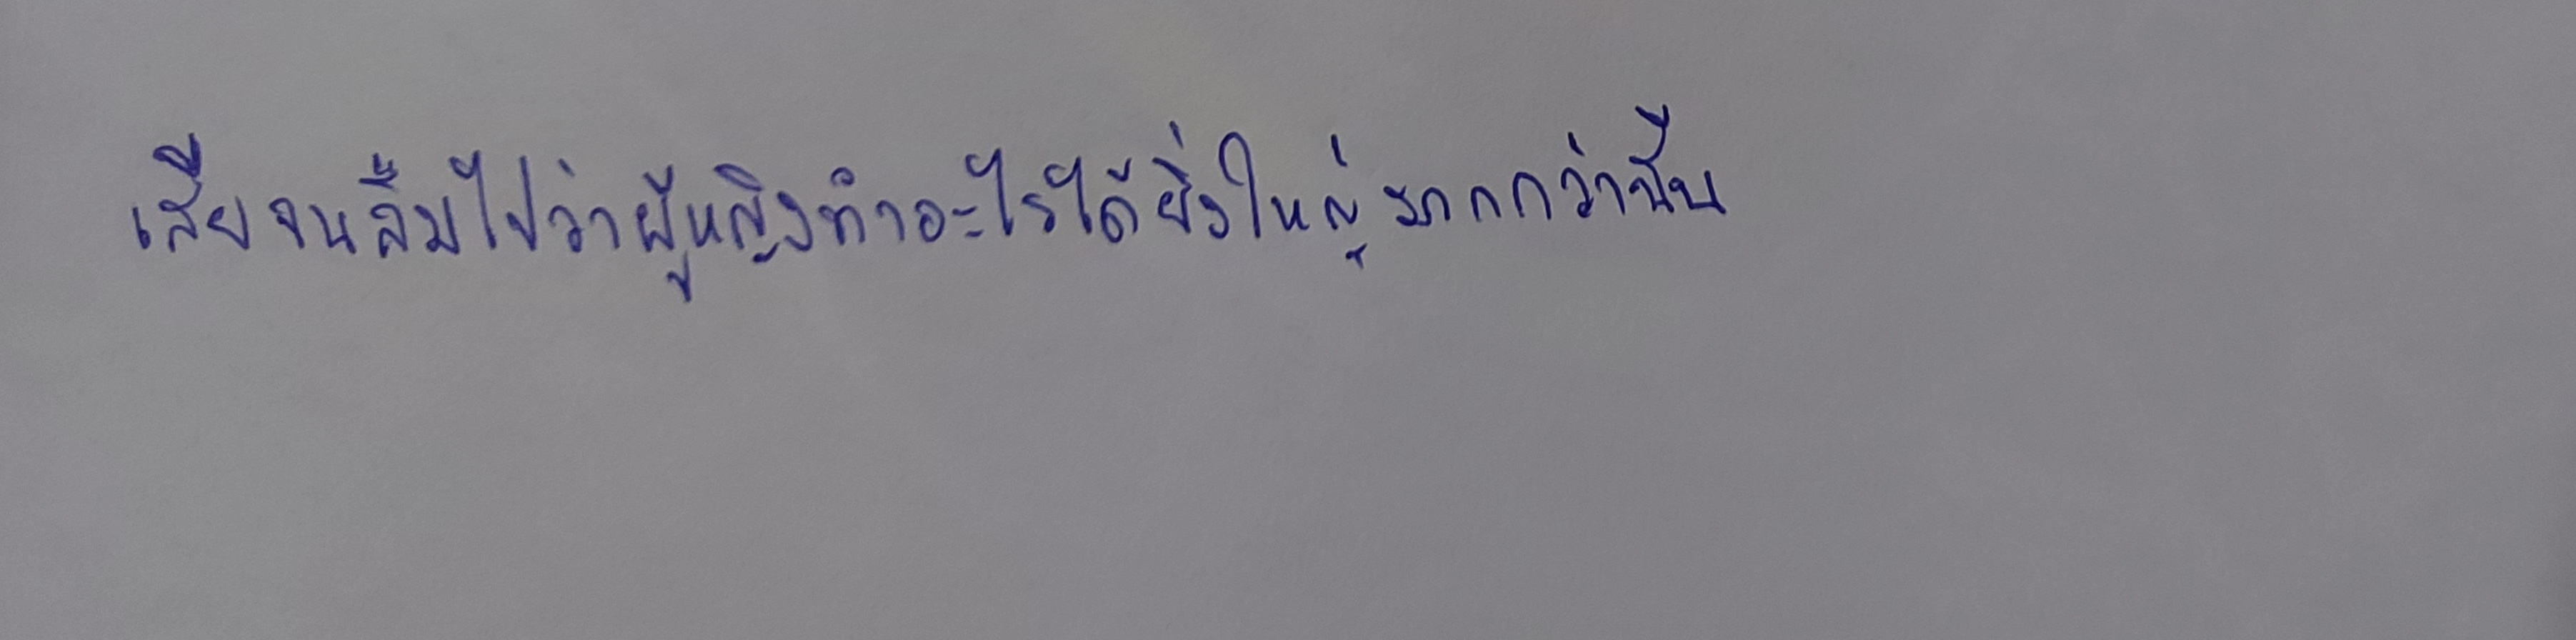
เสียจนลืมไปว่าผู้หญิงทำอะไรได้ยิ่งใหญ่มากกว่านั้น